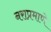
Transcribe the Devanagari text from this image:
नराप्रमाणे